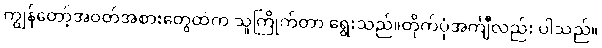
ကျွန်တော့်အဝတ်အစားတွေထဲက သူကြိုက်တာ ရွေးသည်။တိုက်ပုံအင်္ကျီလည်း ပါသည်။